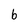
Character: b